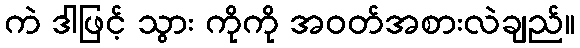
ကဲ ဒါဖြင့် သွား ကိုကို အဝတ်အစားလဲချည်။